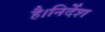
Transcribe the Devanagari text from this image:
है।निर्देश